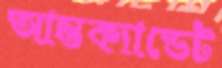
আন্তক্যাডেট